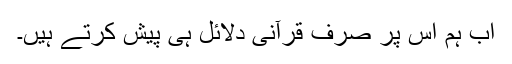
اب ہم اس پر صرف قرآنی دلائل ہی پیش کرتے ہیں۔